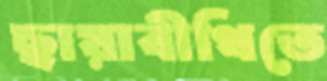
ছায়াবীথিতে